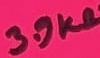
Text: 3.9KΩ